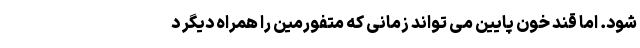
شود. اما قند خون پایین می تواند زمانی که متفورمین را همراه دیگر د